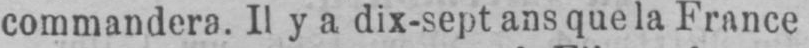
commandera. Il y a dix-sept ans que la France